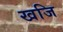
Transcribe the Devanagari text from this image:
खजि